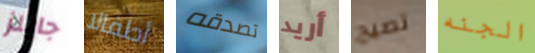
جايلز أطفالا تصدقه أريد تصيح الجنه